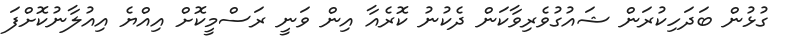
ގުޅުން ބަދަހިކުރަން ޝައުގުވެރިވާކަން ދެކުނު ކޮރެއާ އިން ވަނީ ރަސްމީކޮށް އިއްޔެ އިއުލާނުކޮށްފަ